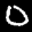
Digit: 0